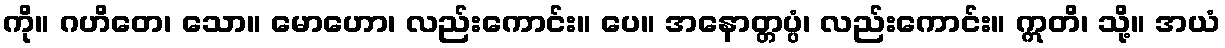
ကို။ ဂဟိတေ၊ သော။ မောဟော၊ လည်းကောင်း။ ပေ။ အနောတ္တပ္ပံ၊ လည်းကောင်း။ ဣတိ၊ သို့။ အယံ